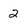
Character: 2